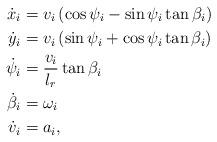
LaTeX: \begin{align*} \dot{x}_i &= v_{i}\left(\cos{\psi_i} - \sin{\psi_i}\tan{\beta_i}\right) \\ \dot{y}_i &= v_{i}\left(\sin{\psi_i} + \cos{\psi_i}\tan{\beta_i}\right) \\ \dot{\psi}_i &= \frac{v_{i}}{l_r}\tan{\beta_i} \\ \dot{\beta}_i &= \omega_i \\ \dot{v}_{i} &= a_{i},\end{align*}